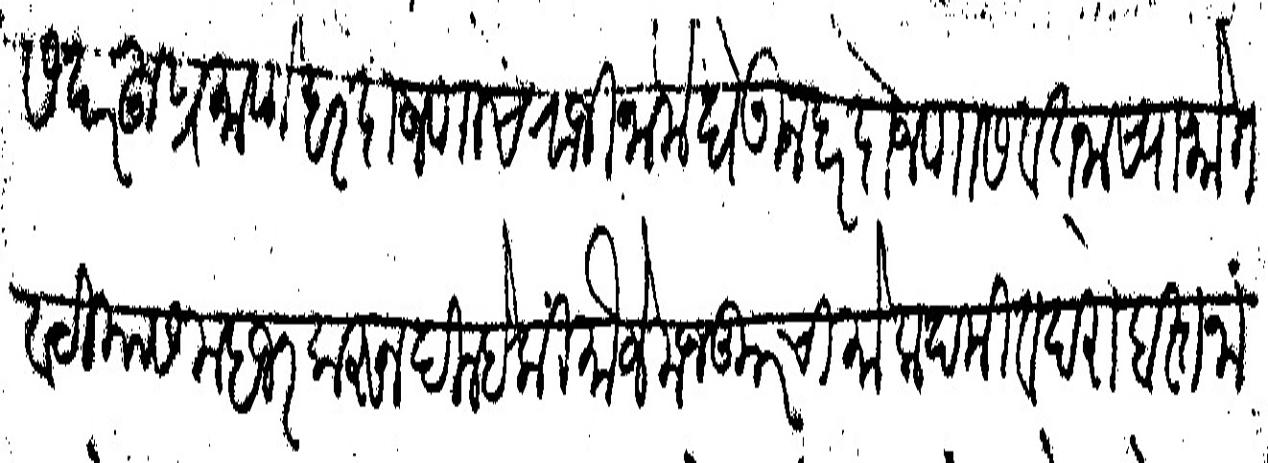
Transliteration (Devanagari): सदरहूप्रमाणे हरदोजणाचे राजीनामे घेऊन हरदोजणास वतनाच्या भोग वटियास महजर करून दिल्हे कीं मौजे मजकूरची मोकदमी व दरोबस्त नांगर